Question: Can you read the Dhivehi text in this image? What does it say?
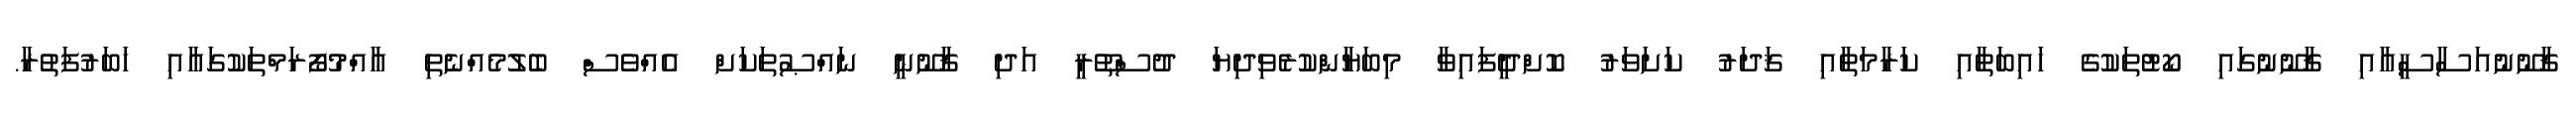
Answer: ޤާނޫނުއަސާސީއާއި ޤާނޫނުގައި ކޯޓުތަކުގެ ހައިބަތާއި ކަރާމަތާއި ޤަދަރު ކަށަވަރު ކޮށްދީފައިވާ މިބަޔާންކުރެވިދިޔަ ދުސްތޫރީ އަދި ޤާނޫނީ ނައްޞުތަކަށް އެއްވެސް ބެލުމެއްނެތި ޢާއްމުފޯރަމްތަކުގައާއި ޚަބަރުފަތުރާ.